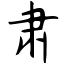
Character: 肃